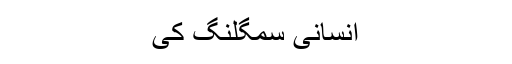
انسانی سمگلنگ کی